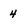
Character: 4